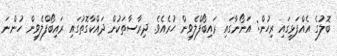
ބޮލުގެ އެއްފަޅީގައި ރިހުން: އަނޯނާގައި ރައިބޯފްލެވިން ހުރެއެވެ. ދިރާސާތަކުން ދައްކާގޮތުގައި ރައިބޯފްލެވިން ހުންނަ